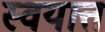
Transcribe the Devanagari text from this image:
स्वयात्त